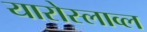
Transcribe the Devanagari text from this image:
यारोस्लाव्ल